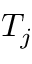
T _ { j }